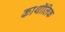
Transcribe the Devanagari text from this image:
काथॉलिक